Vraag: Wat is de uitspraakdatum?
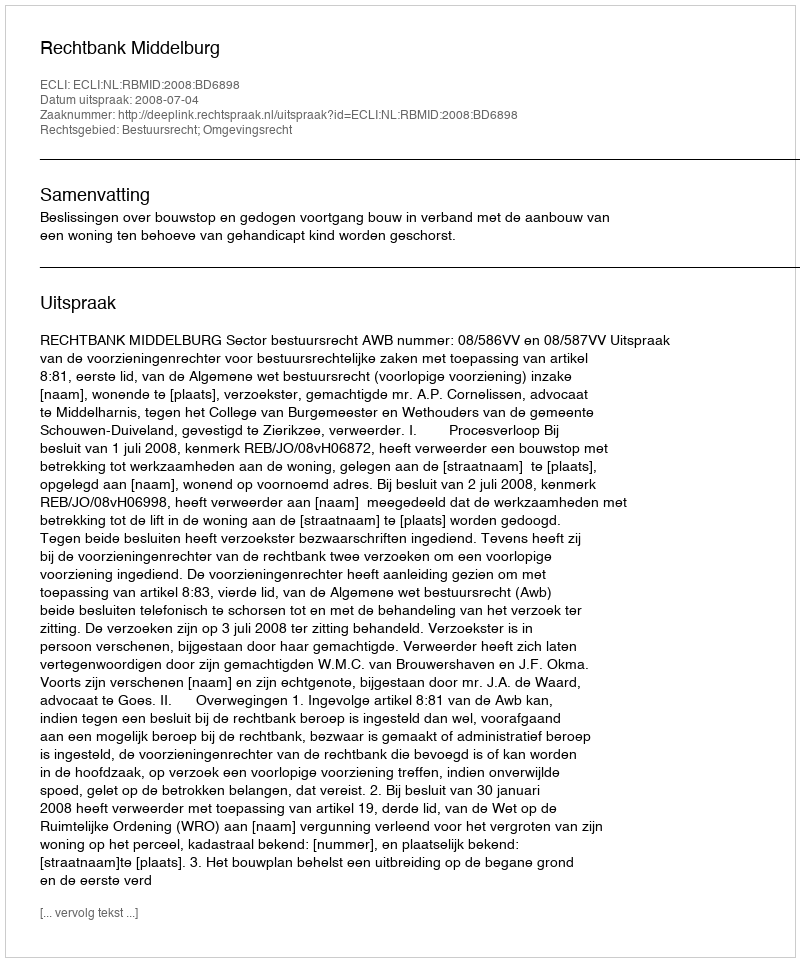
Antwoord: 2008-07-04